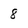
Character: 8